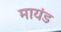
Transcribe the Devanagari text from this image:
मायंड